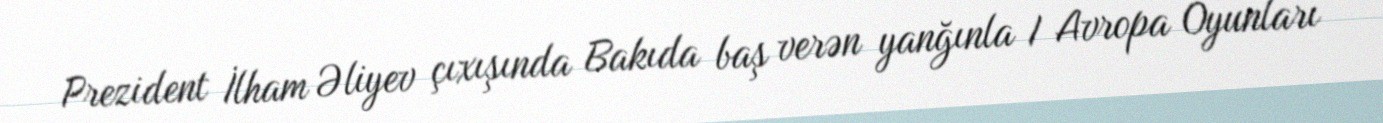
Prezident İlham Əliyev çıxışında Bakıda baş verən yanğınla I Avropa Oyunları